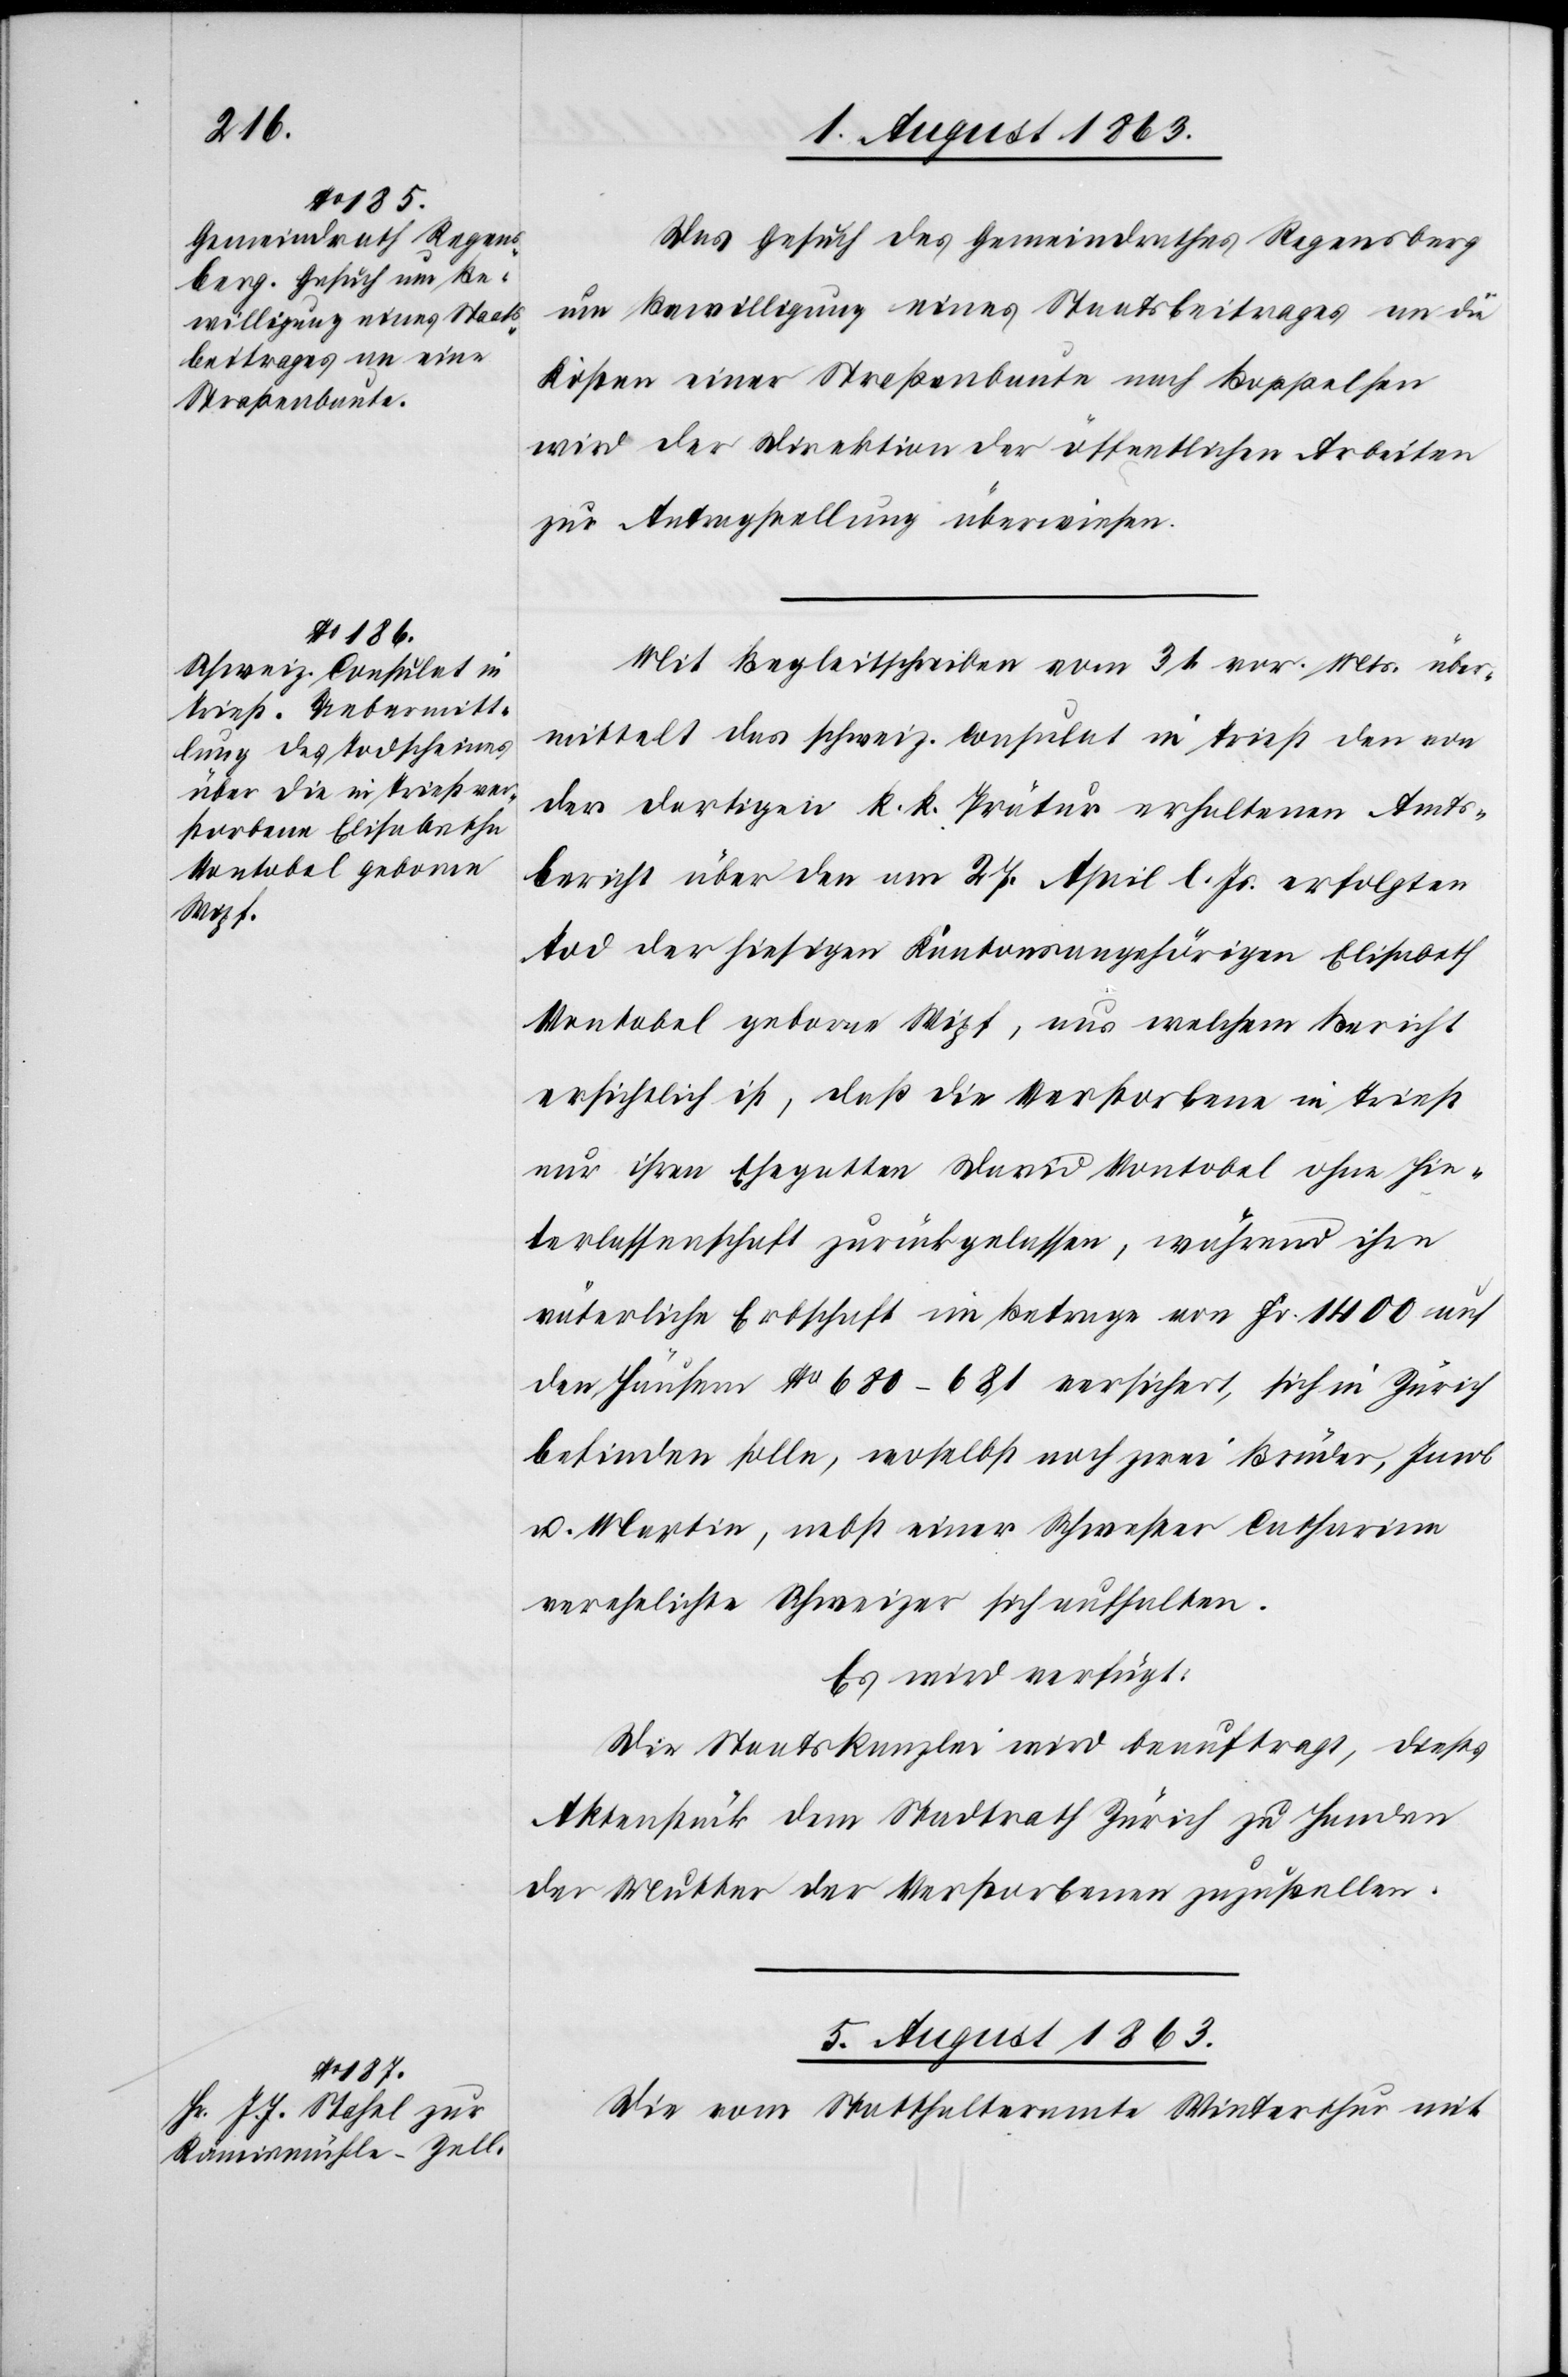
4. August 1863.]
Das Gesuch des Gemeindrathes Regensberg
um Bewilligung eines Staatsbeitrages an die
Kosten einer Straßenbaute nach Boppelsen
wird der Direktion der öffentlichen Arbeiten
zur Antragstellung überwiesen.
Mit Begleitschreiben vom 31. vor. Mts. über¬
mittelt das schweiz. Consulat in Triest den von
der dortigen k. k. Prätur erhaltenen Amts¬
bericht über den am 27. April l. Js. erfolgten
Tod der hiesigen Kantonsangehörigen Elisabeth
Vontobel geborne Wipf, aus welchem Bericht
ersichtlich ist, daß die Verstorbene in Triest
nur ihren Ehegatten David Vontobel ohne Hin¬
terlassenschaft zurückgelassen, während ihre
väterliche Erbschaft im Betrage von Fr. 1400 auf
den Häusern No 680–681 versichert, sich in Zürich
befinden solle, woselbst noch zwei Brüder, Jacob
u. Martin, nebst einer Schwester Catharina
verehelichte Schweizer sich aufhalten.
Es wird verfügt:
Die Staatskanzlei wird beauftragt, dieses
Aktenstück dem Stadtrath Zürich zu Handen
der Mutter der Verstorbenen zuzustellen.
5. August 1863.
Die vom Statthalteramte Winterthur mit